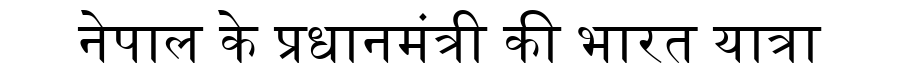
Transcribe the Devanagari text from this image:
नेपाल के प्रधानमंत्री की भारत यात्रा